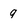
Character: q